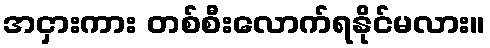
အငှားကား တစ်စီးလောက်ရနိုင်မလား။